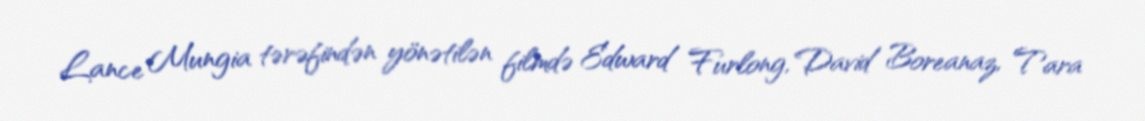
Lance Mungia tərəfindən yönətilən filmdə Edward Furlong, David Boreanaz, Tara